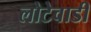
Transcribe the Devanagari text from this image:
लोटेवाडी